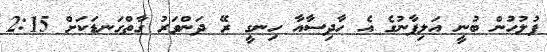
ފުލުހުން ބުނީ އަލިފާނުގެ އެ ހާދިސާއާ ހިނގީ ރޭ ދަންވަރު ގާތްގަނޑަކަށް 2:15